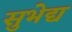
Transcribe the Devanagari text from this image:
सुभेद्य